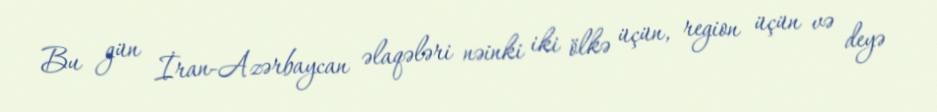
Bu gün İran-Azərbaycan əlaqələri nəinki iki ölkə üçün, region üçün və deyə